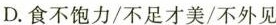
D. 食不饱力/不足才美/不外见